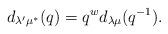
LaTeX: \begin{align*}d_{\lambda' \mu^*}(q) = q^{w} d_{\lambda\mu}(q^{-1}).\end{align*}